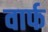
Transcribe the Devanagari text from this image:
वार्फ